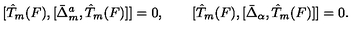
[ \hat { T } _ { m } ( F ) , [ \bar { \Delta } _ { m } ^ { a } , \hat { T } _ { m } ( F ) ] ] = 0 , \qquad [ \hat { T } _ { m } ( F ) , [ \bar { \Delta } _ { \alpha } , \hat { T } _ { m } ( F ) ] ] = 0 .